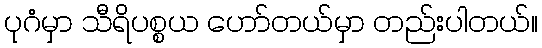
ပုဂံမှာ သီရိပစ္စယ ဟော်တယ်မှာ တည်းပါတယ်။